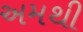
અમથી